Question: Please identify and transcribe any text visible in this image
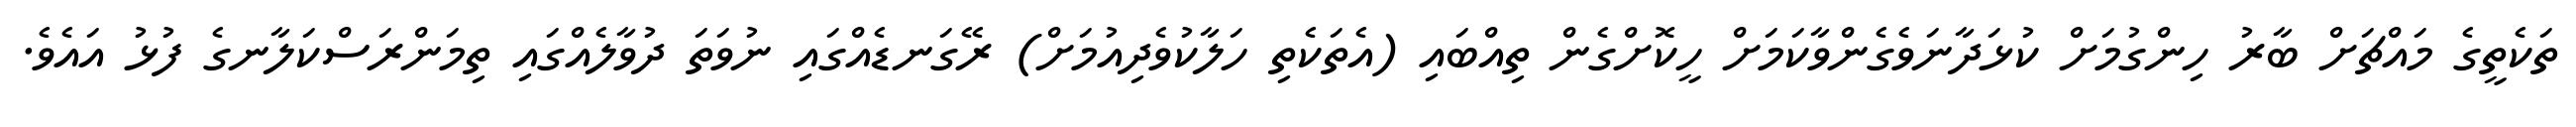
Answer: ތަކެތީގެ މައްޗަށް ބާރު ހިންގުމަށް ކުޅަދާނަވެގެންވާކަމަށް ހީކޮށްގެން ތިއްބައި (އެތަކެތި ހަލާކުވެދިއުމަށް) ރޭގަނޑެއްގައި ނުވަތަ ދުވާލެއްގައި ތިމަންރަސްކަލާނގެ ފުޅު އައެވެ.